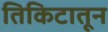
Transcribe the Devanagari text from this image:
तिकिटातून